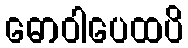
ဓောဝါပေထပိ